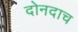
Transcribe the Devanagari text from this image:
दोनदाच